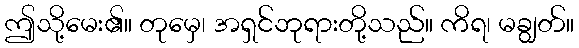
ဤသို့မေး၏။ တုမှေ၊ အရှင်ဘုရားတို့သည်။ ကိရ၊ မချွတ်။